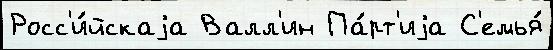
Росс'и́йскаjа Валл'ин Па́рт'иjа С'емья́